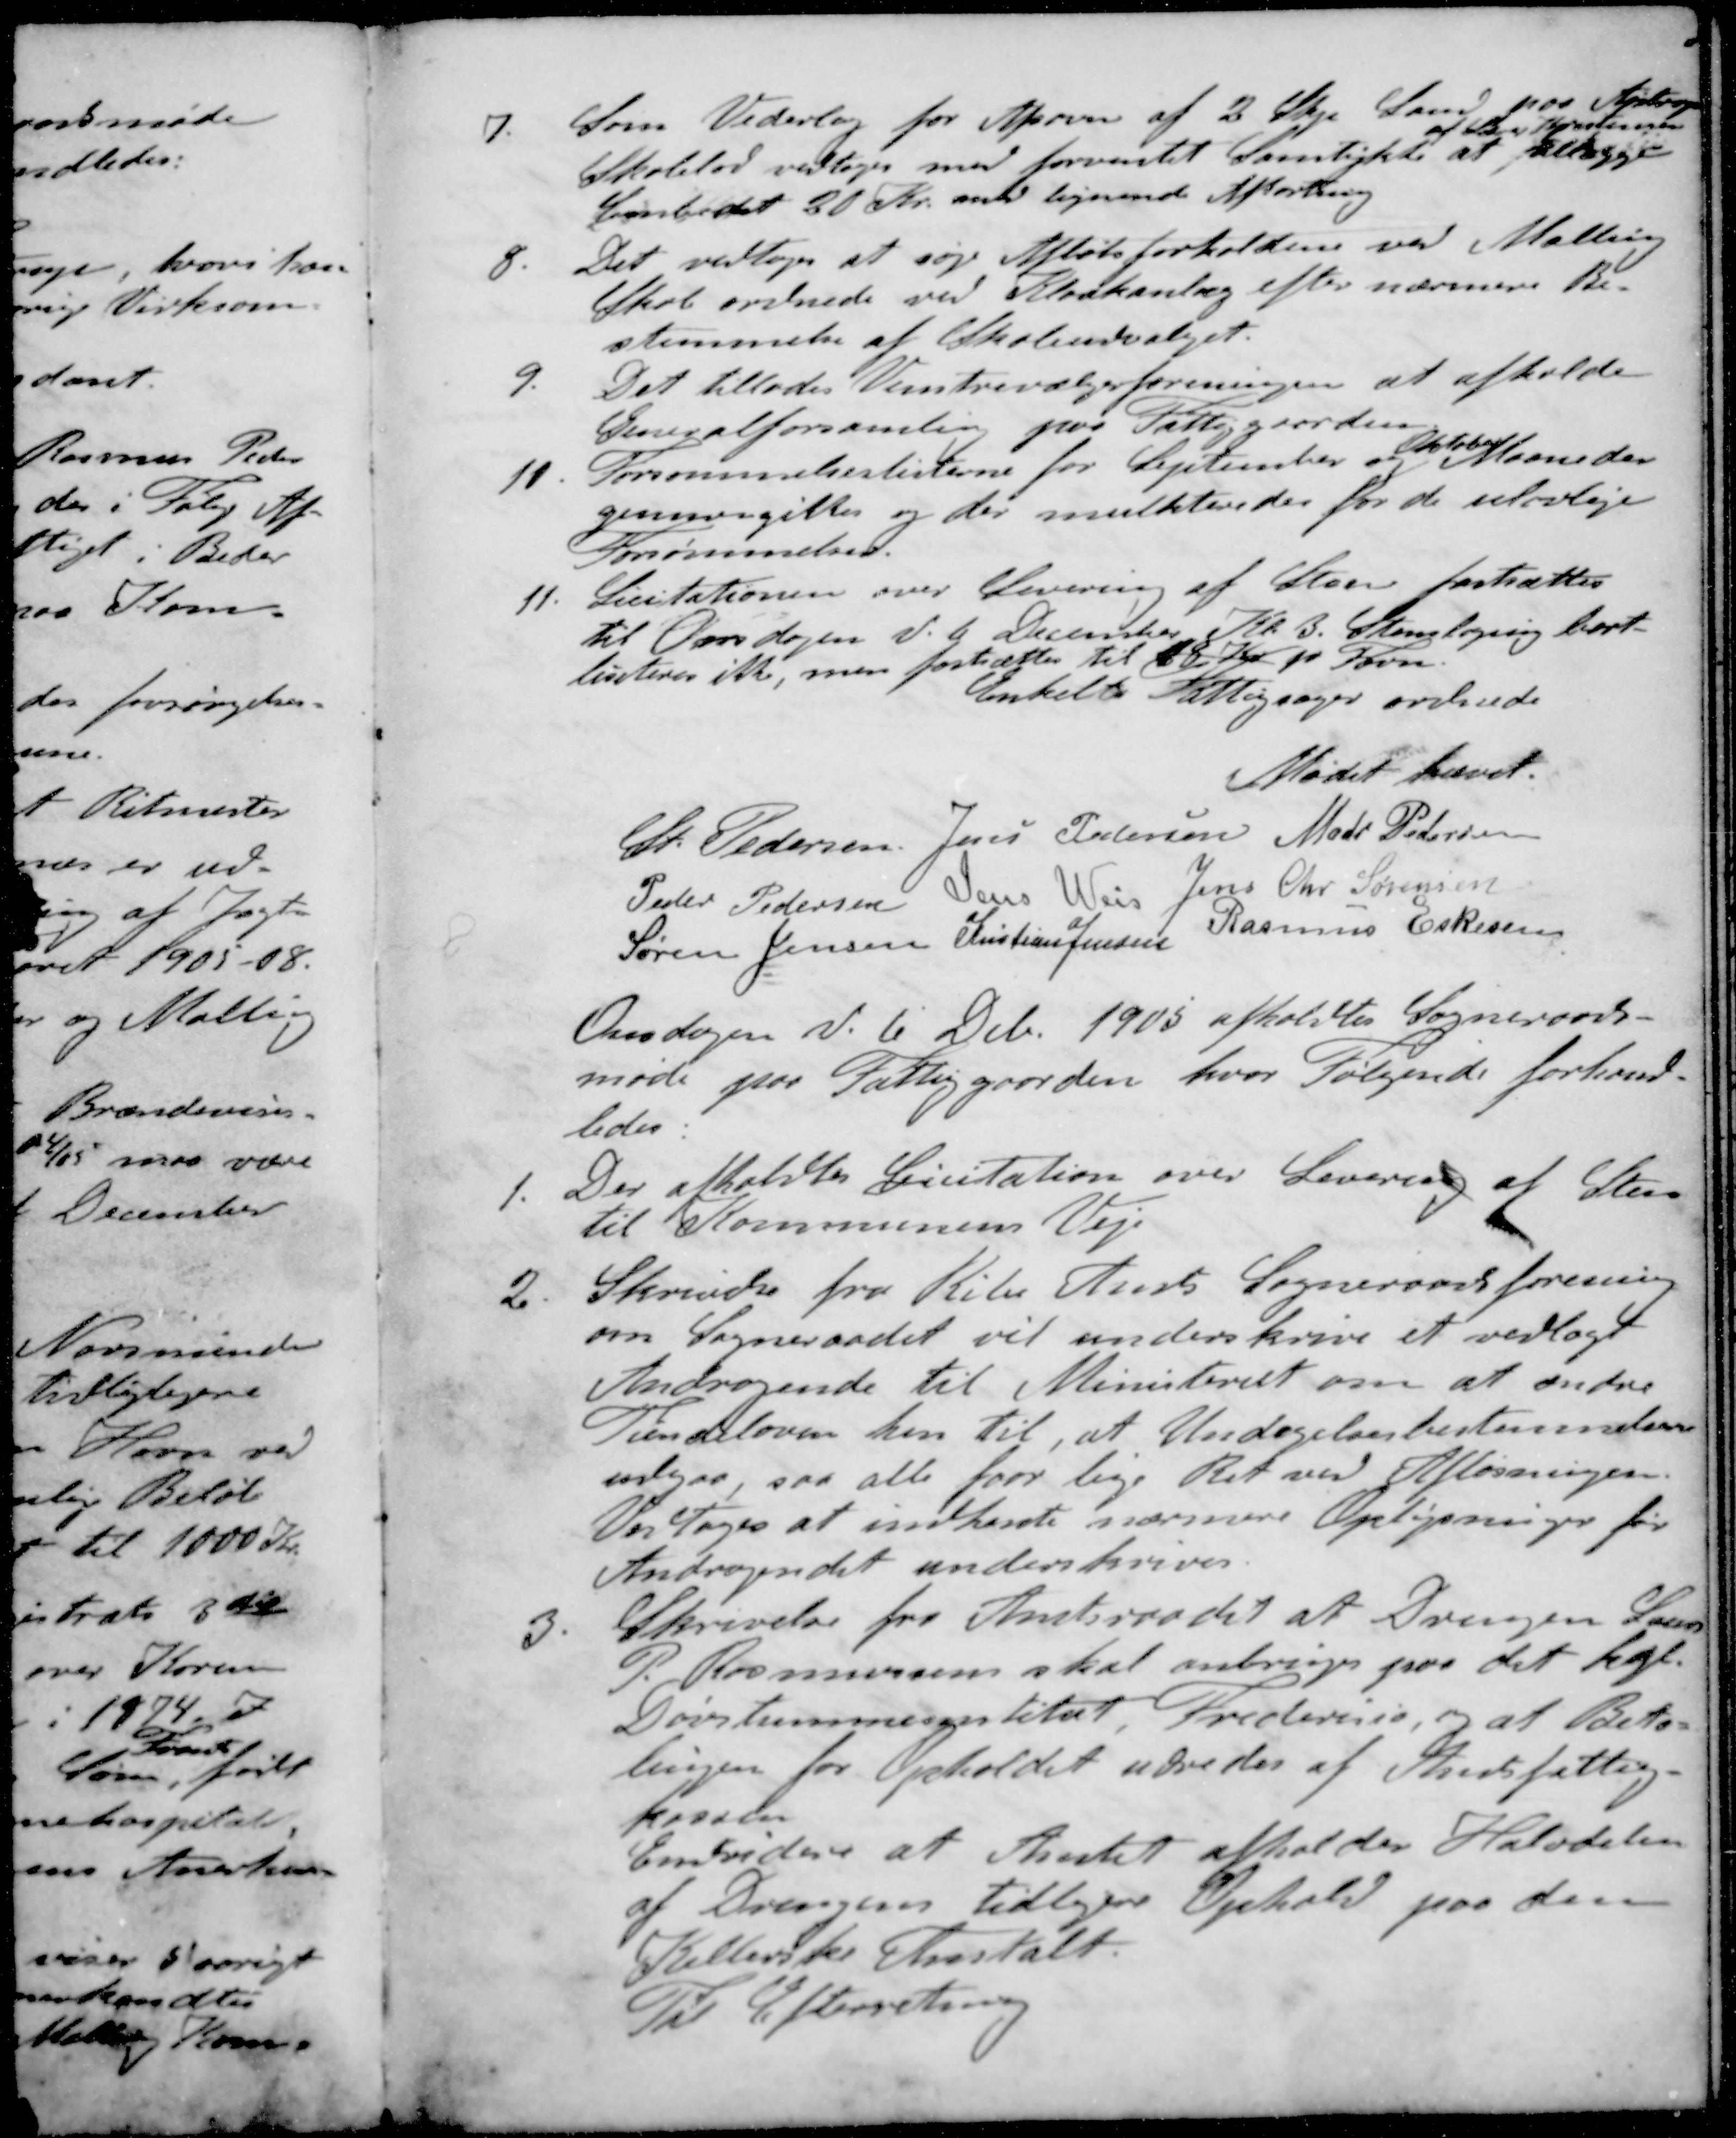
Transskription:
7. Som Vederlag for  af 2 Skp. Land paa Ajstrup
af Lærer Kristensen
Skolelod vedtoges med forventet Samtykke at tillægge
Embedet 20 Kr. over lignende Afkortning
8. Det vedtoges at søge Afløbsforholdene ved Malling
Skole ordnede ved Kloakanlæg efter nærmere Be-
stemmelse af Skoleudvalget.
9. Det tillades Venstrevælgerforeningen at afholde
Generalforsamling paa Fattiggaarden
10. Forsømmelseslisterne for September og Oktober Maaneder
gennemgikkes og der mulkteredes for de ulovlige
Forsømmelser.
11. Licitationen over Levering af Steen fastsættes
til Onsdagen d. 6. December Kl. 3. Stenslagning bort-
liciteres ikke, men fastsættes til 18 Kr pr Favn
Enkelte Fattigsager ordnede
Mødet hævet.
St. Pedersen
Jens Pedersen
Mads Pedersen
Peder Pedersen
Jens Weis
Jens Chr Sørensen
Søren Jensen
Kristian Jensen
Rasmus Eskesen
Onsdagen d. 6 Dcb. 1905 afholdtes Sogneraads-
møde paa Fattiggaarden, hvor Følgende forhand-
ledes
1. Der afholdtes Licitation over Levering af Sten
til Kommunens Veje
2. Skrivelse fra Ribe Amts Sogneraadsforening
om Sogneraadet vil underskrive et vedlagt
Andragende til Ministeriet om at ændre
Tiendeloven hen til, at Undagelsesbestemmelsen
udgaa, saa atte faar lige Ret ved Afløsningen.
Vedtoges at indhente nærmere Oplysninger før
Andragendet underskrives
3. Skrivelse fra Amtsraadet at Drengen Laur
P. Rasmussen skal anbringes paa det kgl.
Døvstummenstitut, Fredericia, og at Beta-
lingen for Opholdet udredes af Amtsfattig-
kassen
Envidere at Amtet afholder Halvdelen
af Drengens tidligere Ophold paa den
Kellerske Anstalt
Til Efterretning